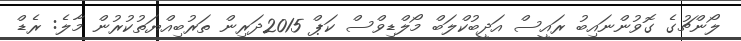
ލޯންޗުގެ ގޮވުންނައިބު ރައީސް އަދީބުކްލަބް މޯލްޑިވްސް ކަޕް 2015ދަރިން ތަރުބިއްޔަތުކުރުން މާލެ: ރެޑް